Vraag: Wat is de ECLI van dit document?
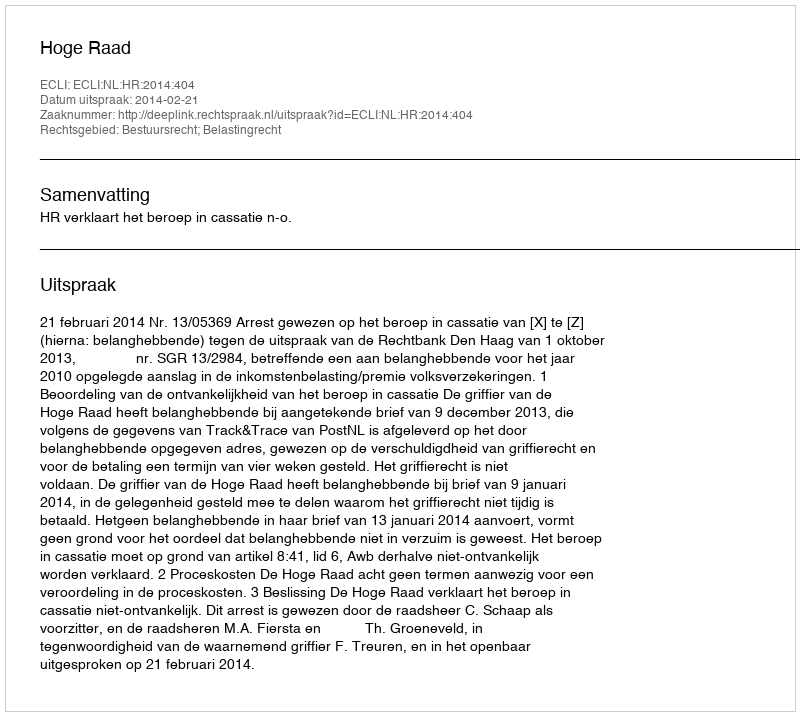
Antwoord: ECLI:NL:HR:2014:404